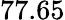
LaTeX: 77.65